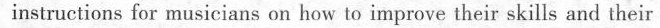
instructions for musicians on how to improve their skills and their